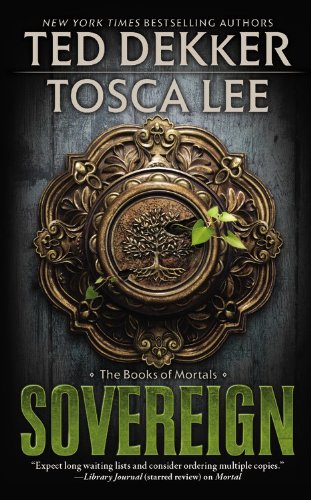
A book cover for Sovereign (The Book of Mortals); Ted Dekker; Christian Books & Bibles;